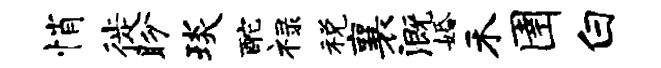
悄徙盼琰酡禄税襄溉婚禾圉白